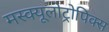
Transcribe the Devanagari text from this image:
मस्क्यूलोट्रोपिक्स